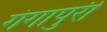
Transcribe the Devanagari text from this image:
गंगापुरी